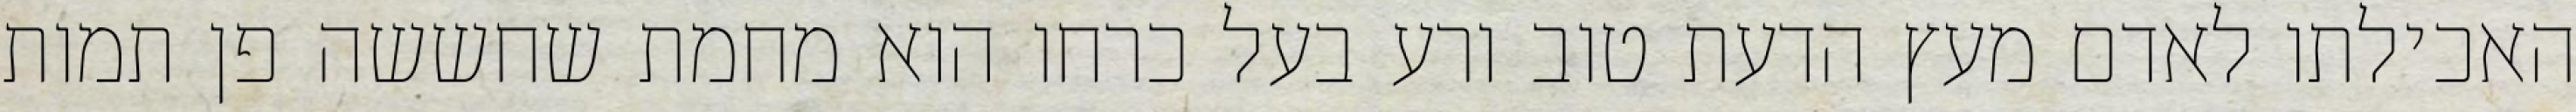
האכילתו לאדם מעץ הדעת טוב ורע בעל כרחו הוא מחמת שחששה פן תמות